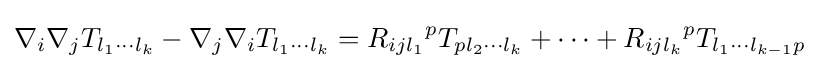
\nabla _{i}\nabla _{j}T_{l_{1}\cdots l_{k}}-\nabla _{j}\nabla _{i}T_{l_{1}\cdots l_{k}}={R_{ijl_{1}}}^{p}T_{pl_{2}\cdots l_{k}}+\cdots +{R_{ijl_{k}}}^{p}T_{l_{1}\cdots l_{k-1}p}